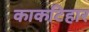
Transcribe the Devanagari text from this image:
काकटिहार